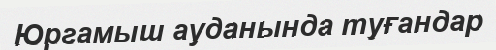
Юргамыш ауданында туғандар